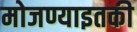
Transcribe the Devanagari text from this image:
मोजण्याइतकी